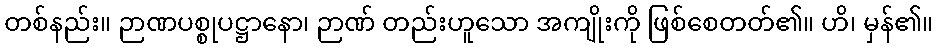
တစ်နည်း။ ဉာဏပစ္စုပဋ္ဌာနော၊ ဉာဏ် တည်းဟူသော အကျိုးကို ဖြစ်စေတတ်၏။ ဟိ၊ မှန်၏။